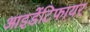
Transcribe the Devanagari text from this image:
आइडेंटिफायर